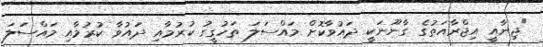
"ޖިނާއީ އިޖްރާއަތުގެ ގާނޫނަކީ ދައުވާކޮށް މައްސަލަ ތަހުގީގު ކުރުމާއި ދައުވާ ކުރުމާއި މައްސަލަ